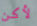
لأكن